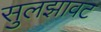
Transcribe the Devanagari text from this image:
सुलझावट